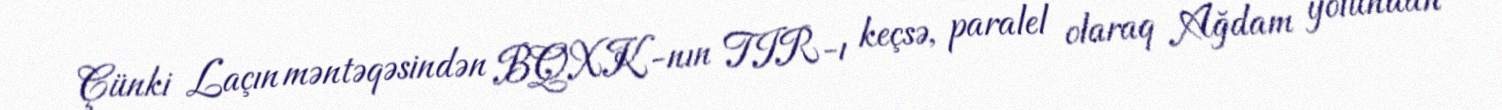
Çünki Laçın məntəqəsindən BQXK-nın TIR-ı keçsə, paralel olaraq Ağdam yolundan